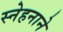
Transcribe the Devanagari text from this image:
स्नेहनाने